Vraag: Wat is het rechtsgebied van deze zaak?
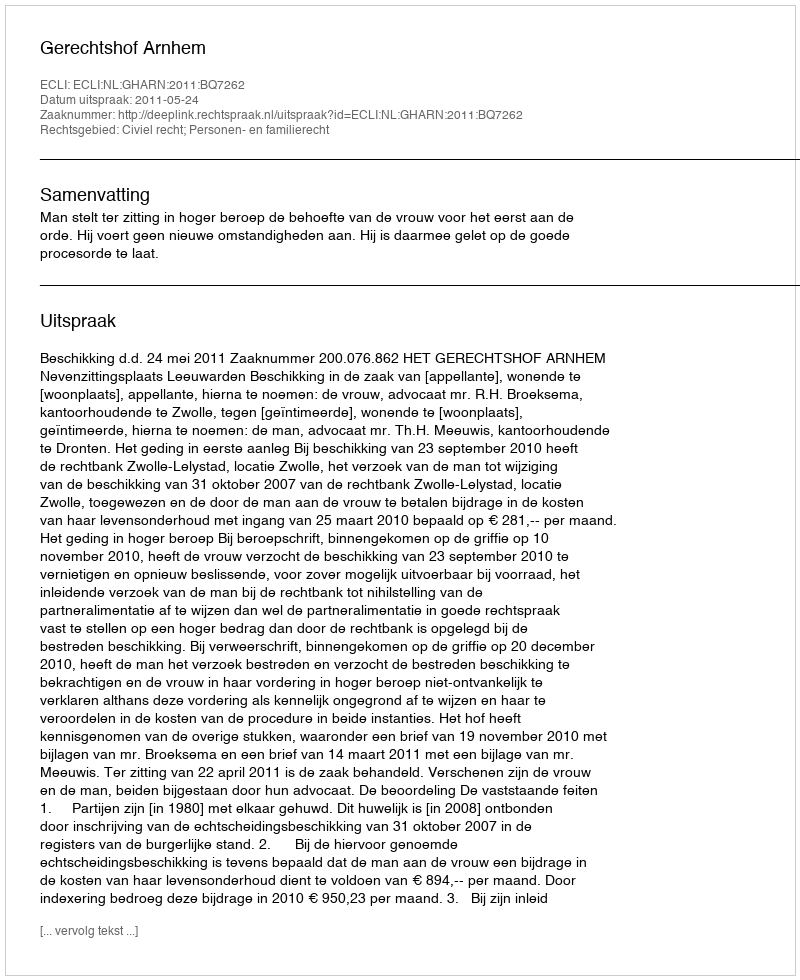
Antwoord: Civiel recht; Personen- en familierecht